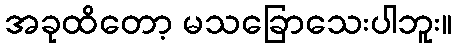
အခုထိတော့ မသခြောသေးပါဘူး။